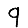
Digit: 9